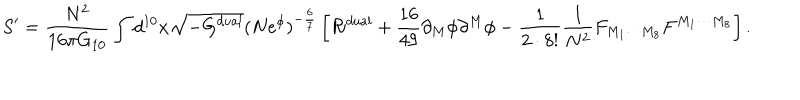
S ^ { \prime } = { \frac { N ^ { 2 } } { 1 6 \pi G _ { 1 0 } } } \int d ^ { 1 0 } x \sqrt { - G ^ { d u a l } } ( N e ^ { \phi } ) ^ { - { \frac { 6 } { 7 } } } \left[ { \cal R } ^ { d u a l } + { \frac { 1 6 } { 4 9 } } \partial _ { M } \phi \partial ^ { M } \phi - { \frac { 1 } { 2 \cdot 8 ! } } { \frac { 1 } { N ^ { 2 } } } F _ { M _ { 1 } \cdots M _ { 8 } } F ^ { M _ { 1 } \cdots M _ { 8 } } \right] .